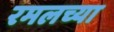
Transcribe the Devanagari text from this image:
रमलच्या